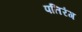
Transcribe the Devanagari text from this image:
पतिरंग